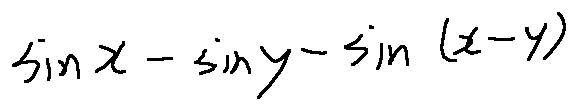
\sin x - \sin y - \sin ( x - y )